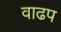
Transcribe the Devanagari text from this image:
वाढप